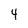
Character: 4